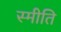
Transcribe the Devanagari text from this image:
स्मीति